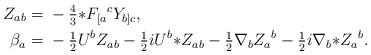
LaTeX: \begin{align*}Z_{ab}={}&- \tfrac{4}{3} {*}F_{[a}{}^{c}Y_{b]c},\\\beta_a={}&- \tfrac{1}{2} U^{b} Z_{ab} - \tfrac{1}{2}i U^{b} {*}Z_{ab} - \tfrac{1}{2} \nabla_{b}Z_{a}{}^{b} - \tfrac{1}{2}i \nabla_{b}{*}Z_{a}{}^{b} .\end{align*}